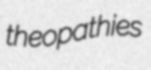
theopathies